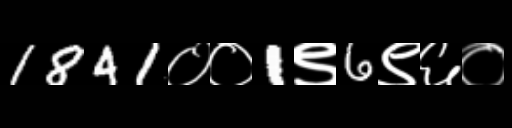
Text: 1841००1९6९६०